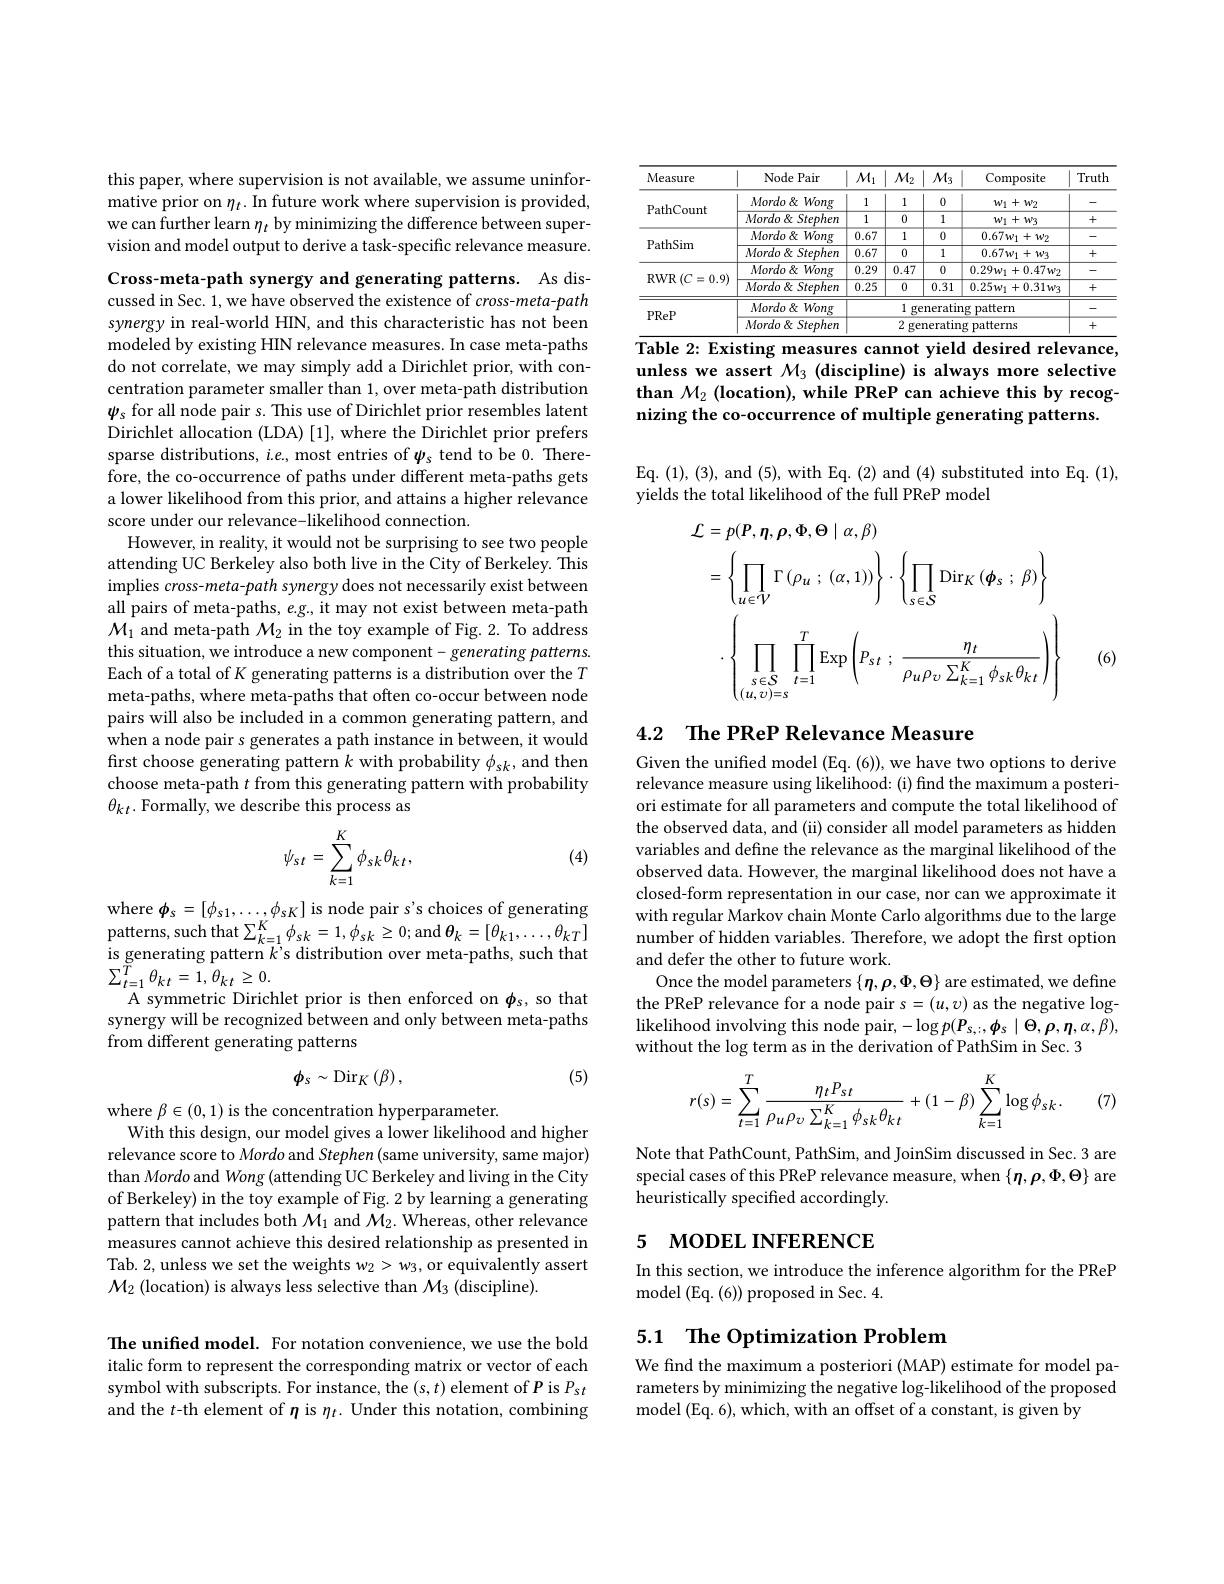
this paper, where supervision is not available, we assume uninformative prior on $\eta_t.$ In future work where supervision is provided, we can further learn $\eta_t$ by minimizing the difference between supervision and model output to derive a task-specific relevance measure.

Cross-meta-path synergy and generating patterns. As discussed in Sec. 1, we have observed the existence of cross-meta-path synergy in real-world HIN, and this characteristic has not been modeled by existing HIN relevance measures. In case meta-paths do not correlate, we may simply add a Dirichlet prior, with concentration parameter smaller than 1, over meta-path distribution $\psi_{s}$ for all node pair s. This use of Dirichlet prior resembles latent Dirichlet allocation (LDA) [1], where the Dirichlet prior prefers sparse distributions, $i.e.$, most entries of $\psi_{s}$ tend to be 0. Therefore, the co-occurrence of paths under different meta-paths gets a lower likelihood from this prior, and attains a higher relevance score under our relevance-likelihood connection.
However, in reality, it would not be surprising to see two people attending UC Berkeley also both live in the City of Berkeley. This implies cross-meta-path synergy does not necessarily exist between all pairs of meta-paths, e.g., it may not exist between meta-path $\mathcal{M}_1$ and meta-path $\mathcal{M}_2$ in the toy example of Fig. 2. To address this situation, we introduce a new component- generating patterns Each of a total of $K$ generating patterns is a distribution over the $T$ meta-paths, where meta-paths that often co-occur between node pairs will also be included in a common generating pattern, and when a node pair s generates a path instance in between, it would first choose generating pattern $k$ with probability $\phi_sk$, and then choose meta-path $t$ from this generating pattern with probability $\theta_{kt}.$ Formally, we describe this process as
$$\psi_{st}=\sum_{k=1}^{K}\phi_{sk}\theta_{kt},$$
(4)

where $\phi_s=[\phi_{s1},\ldots,\phi_{sK}]$ is node pair s's choices of generating patterns, such that$\sum_k=1^{K}\phi_{sk}=1,\phi_{sk}\geq0;$and$\theta_k=[\theta_{k1},\ldots,\theta_{kT}]$ is generating pattern $k^{\prime}$s distribution over meta-paths, such that $\sum_{t=1}^{\stackrel{\circ}{T}}\theta_{kt}=1,\theta_{kt}\geq0.$
A symmetric Dirichlet prior is then enforced on $\phi_s$, so that synergy will be recognized between and only between meta-paths from different generating patterns
$$\phi_{s}\sim\mathrm{Dir}_{K}\left(\beta\right),$$
(5)

where $\beta\in(0,1)$ is the concentration hyperparameter.
With this design, our model gives a lower likelihood and higher relevance score to Mordo and Stephen (same university, same major) than Mordo and Wong (attending UC Berkeley and living in the City of Berkeley) in the toy example of Fig. 2 by learning a generating pattern that includes both $\mathcal M_1$ and $\mathcal M_2.$ Whereas, other relevance measures cannot achieve this desired relationship as presented in Tab. 2, unless we set the weights w2> w3, or equivalently assert $\mathcal{M}_2\left(\text{location) is always less selective than }\mathcal{M}_3\mathrm{~(discipline)}.\right)$

The unified model. For notation convenience, we use the bold italic form to represent the corresponding matrix or vector of each symbol with subscripts. For instance, the $(s,t)$ element of $P$ is $P_st$ and the $t$-th element of $\eta$ is $\eta_t.$ Under this notation, combining

<table>
	<tbody>
		<tr>
			<th>Measure</th>
			<th>Node Pair</th>
			<th>$M_{1}$</th>
			<th>$M_{2}$</th>
			<th>$M_{3}$</th>
			<th>Composite</th>
			<th>Truth</th>
		</tr>
		<tr>
			<td rowspan="2">PathCount</td>
			<td>Mordo $\&$ Wong 1</td>
			<td>I 1</td>
			<td>I 1</td>
			<td>1 0</td>
			<td>$w_{1}+w_{2}$</td>
			<td>-</td>
		</tr>
		<tr>
			<td>$Mordo\&Stephen$</td>
			<td>1</td>
			<td>0</td>
			<td>1</td>
			<td>$w_{1}+w_{3}$</td>
			<td>+</td>
		</tr>
		<tr>
			<td rowspan="2">PathSim</td>
			<td>Mordo $\&$ Wong </td>
			<td>0.67</td>
			<td>1</td>
			<td>0</td>
			<td>$0.67w_{1}+w_{2}$</td>
			<td>- -</td>
		</tr>
		<tr>
			<td>$Mordo\&Stephen$</td>
			<td>0.67</td>
			<td>0</td>
			<td>1</td>
			<td>$0.67w_{1}+w_{3}$</td>
			<td>+</td>
		</tr>
		<tr>
			<td rowspan="2">$\operatorname{RWR}\left(C=0.9\right)$ 1</td>
			<td>$\overline{Mordo\&Wong}$</td>
			<td>0.29</td>
			<td>0.47</td>
			<td>0</td>
			<td>$0.29w_{1}+0.47w_{2}$</td>
			<td>- - </td>
		</tr>
		<tr>
			<td>$Mordo\&Stephen$</td>
			<td>0.25</td>
			<td>0</td>
			<td>0.31</td>
			<td>$0.25w_{1}+0.31w_{3}$</td>
			<td>+</td>
		</tr>
		<tr>
			<td rowspan="2">PReP</td>
			<td>$Mordo\&Wong$</td>
			<td> </td>
			<td colspan="3">1 generating pattern</td>
			<td> </td>
		</tr>
		<tr>
			<td>$Mordo\&Stephen$</td>
			<td> </td>
			<td colspan="3">2 generating patterns</td>
			<td>+</td>
		</tr>
	</tbody>
</table>
$\overline{\text{Table 2: Existing measures cannot yield desired relevance,}}$

unless we assert $\mathcal{M}_3$ (discipline) is always more selective than $M_2$ (location), while PReP can achieve this by recognizing the co-occurrence of multiple generating patterns.

Eq. (1), (3), and (5), with Eq. (2) and (4) substituted into Eq. (1),
yields the total likelihood of the full PReP model
$$\begin{aligned}\text{L}&=p(\boldsymbol{P},\boldsymbol{\eta},\boldsymbol{\rho},\boldsymbol{\Phi},\boldsymbol{\Theta}\mid\alpha,\boldsymbol{\beta})\\&=\left\{\prod_{u\in\mathcal{V}}\Gamma\left(\rho_{u}\:;\:(\alpha,1)\right)\right\}\cdot\left\{\prod_{s\in\mathcal{S}}\mathrm{Dir}_{K}\left(\boldsymbol{\phi}_{s}\:;\:\beta\right)\right\}\\&\cdot\left\{\prod_{s\in\mathcal{S}}\prod_{t=1}^{T}\mathrm{Exp}\left(P_{st}\:;\:\frac{\eta_{t}}{\rho_{u}\rho_{v}\sum_{k=1}^{K}\phi_{sk}\theta_{kt}}\right)\right\}\end{aligned}$$
(6)

# 4.2 The PReP Relevance Measure

Given the unified model (Eq. (6)), we have two options to derive relevance measure using likelihood: (i) find the maximum a posteriori estimate for all parameters and compute the total likelihood of the observed data, and (ii) consider all model parameters as hidden variables and define the relevance as the marginal likelihood of the observed data. However, the marginal likelihood does not have a closed-form representation in our case, nor can we approximate it with regular Markov chain Monte Carlo algorithms due to the large number of hidden variables. Therefore, we adopt the first option and defer the other to future work.
Once the model parameters $\{\eta,\rho,\Phi,\Theta\}$ are estimated, we define the PReP relevance for a node pair $s=(u,v)$ as the negative log- $\operatorname*{likelihood~involving~this~node~pair,-\log p(P_{s,:},\boldsymbol{\phi}_{s}\mid\Theta,\boldsymbol{\rho},\boldsymbol{\eta},\alpha,\beta),}$ without the log term as in the derivation of PathSim in Sec. 3
$$r(s)=\sum_{t=1}^{T}\frac{\eta_{t}P_{st}}{\rho_{u}\rho_{v}\sum_{k=1}^{K}\phi_{sk}\theta_{kt}}+(1-\beta)\sum_{k=1}^{K}\log\phi_{sk}.$$
(7)

Note that PathCount, PathSim, and JoinSim discussed in Sec. 3 are special cases of this PReP relevance measure, when $\{\eta,\rho,\Phi,\Theta\}$ are heuristically specified accordingly.

# 5 мореL INFERENCE

In this section, we introduce the inference algorithm for the PReP
model (Eq. (6)) proposed in Sec. 4.

## 5.1 $\textbf{The Optimization Problem}$

We find the maximum a posteriori (MAP) estimate for model parameters by minimizing the negative log-likelihood of the proposed model (Eq. 6), which, with an offset of a constant, is given by